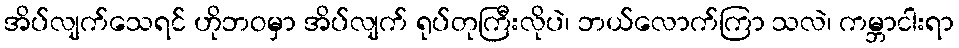
အိပ်လျက်သေရင် ဟိုဘဝမှာ အိပ်လျက် ရုပ်တုကြီးလိုပဲ၊ ဘယ်လောက်ကြာ သလဲ၊ ကမ္ဘာငါးရာ